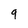
Character: 9